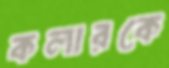
কলারকে